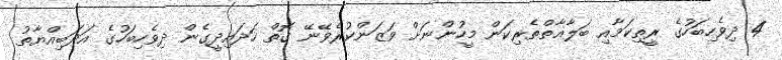
4 ދިވެހިބަހުގެ ރީތިކަމާއި ބަލާޣާތްތެރިކަން މީހުންނަށް ވަޒަންކުރެވޭނޭ ގޮތް ހަދައިދީގެން ދިވެހިބަހުގެ އަދަބިއްޔާތު